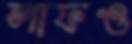
লাফও